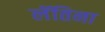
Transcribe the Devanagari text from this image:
लॅतिना